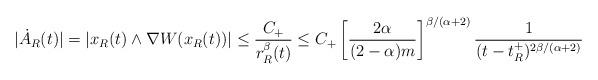
LaTeX: \begin{align*}| \dot A_R(t) | = | x_{R}(t) \wedge \nabla W(x_{R}(t)) | \le \frac{ C_{+} }{ r_{R}^{\beta}(t) }\le C_{+} \left[ \frac{ 2\alpha }{ (2-\alpha)m } \right]^{\beta/(\alpha+2)} \dfrac{1}{ (t-t^{+}_{R})^{2\beta/(\alpha+2)} }\end{align*}